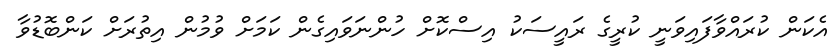
އެކަން ކުރައްވާފައިވަނީ ކުރީގެ ރައީސަކު އިސްކޮށް ހުންނަވައިގެން ކަމަށް ވުމުން އިތުރަށް ކަންބޮޑުވާ